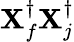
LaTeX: \mathbf{X}_{f}^{\dagger}\mathbf{X}_{j}^{\dagger}